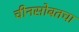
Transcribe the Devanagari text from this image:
चीनसोबतचा